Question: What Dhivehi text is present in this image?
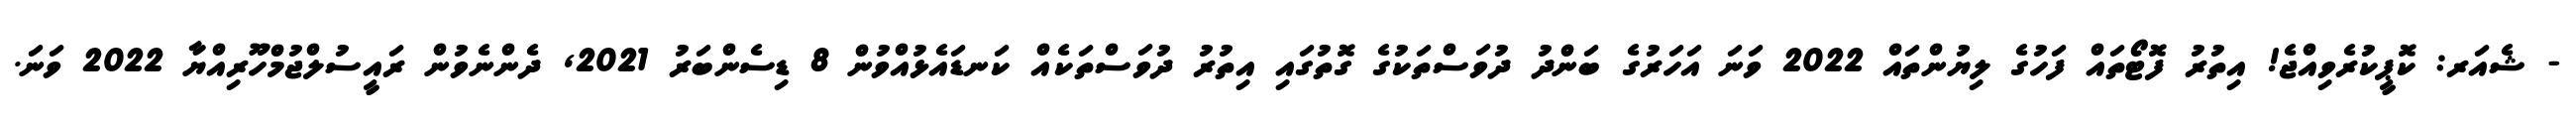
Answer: - ޝެއަރ: ކޮޕީކުރެވިއްޖެ! އިތުރު ފޮޓޯތައް ފަހުގެ ލިޔުންތައް 2022 ވަނަ އަހަރުގެ ބަންދު ދުވަސްތަކުގެ ގޮތުގައި އިތުރު ދުވަސްތަކެއް ކަނޑައެޅުއްވުން 8 ޑިސެންބަރު 2021, ދެންނެވުން ރައީސުލްޖުމްހޫރިއްޔާ 2022 ވަނަ.